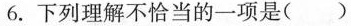
6.下列理解不恰当的一项是( )